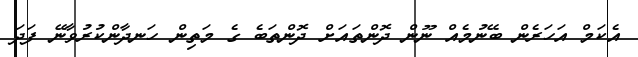
އެކަމް އަހަރެން ބޭނުމެއް ނޫން ދޮންތައަށް ދޮންތަބެ ގެ މަތިން ހަނދާންކުރުވާނޭ ފަދަ